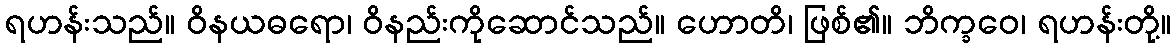
ရဟန်းသည်။ ဝိနယဓရော၊ ဝိနည်းကိုဆောင်သည်။ ဟောတိ၊ ဖြစ်၏။ ဘိက္ခဝေ၊ ရဟန်းတို့။